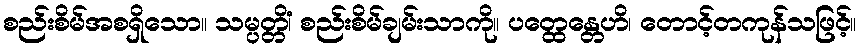
စည်းစိမ်အစရှိသော။ သမ္ပတ္တိံ၊ စည်းစိမ်ချမ်းသာကို။ ပတ္ထေန္တေဟိ၊ တောင့်တကုန်သဖြင့်။